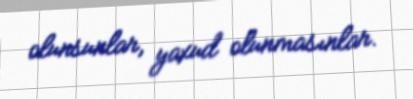
olunsunlar, yaxud olunmasınlar.